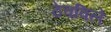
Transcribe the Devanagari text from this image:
ठेवविलें